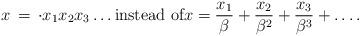
LaTeX: \begin{align*}x \, = \, \cdot x_1 x_2 x_3 \ldots \mbox{instead of}x = \frac{x_1}{\beta} +\frac{x_2}{\beta^2} +\frac{x_3}{\beta^3} +\ldots .\end{align*}